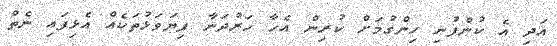
އަދި އެ ކުންފުނި ހިންގުމަށް ކުރިން އެހާ ހަރުދަނާ ފިޔަވަޅުތަކެއް އެޅިފައި ނެތް